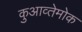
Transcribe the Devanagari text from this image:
कुआव्तेमोक